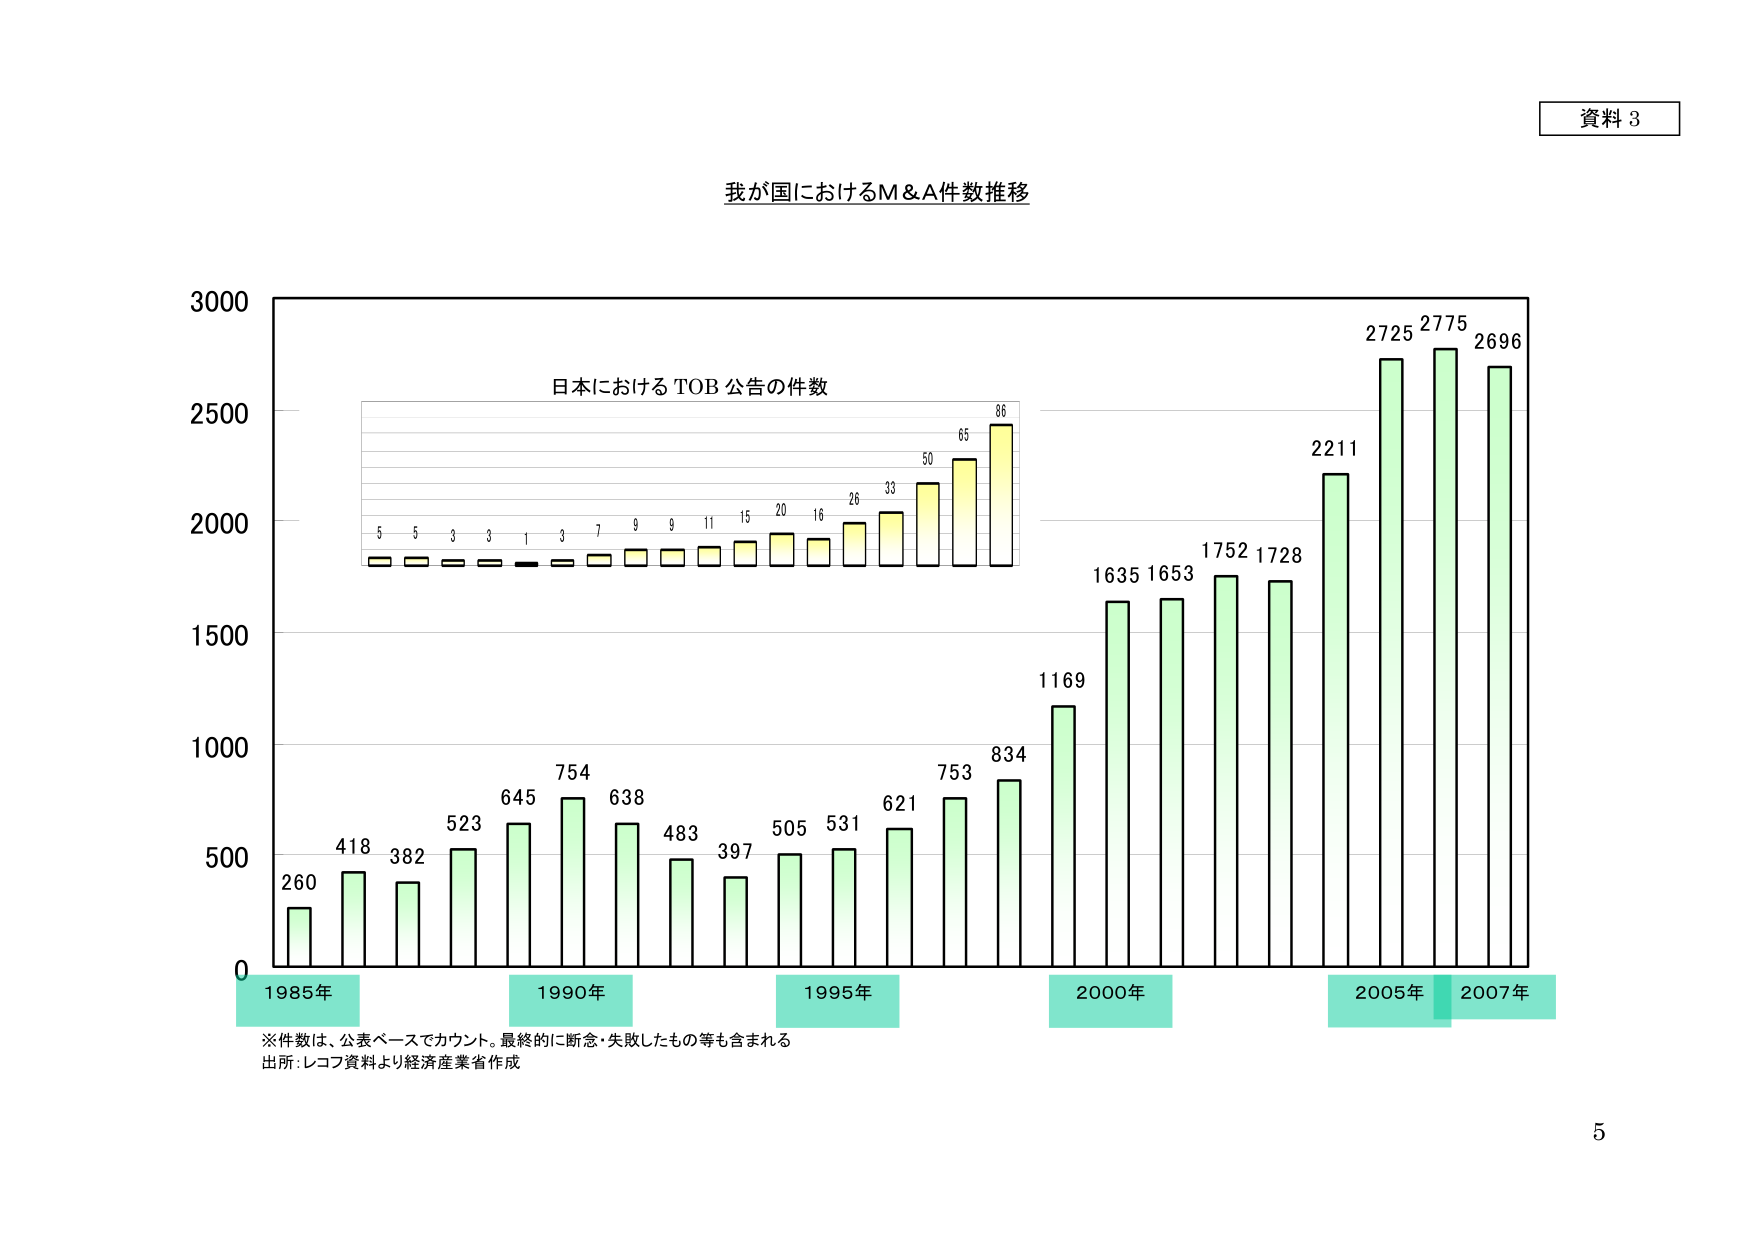
資料 3

我が国におけるM&A件数推移

日本における TOB 公告の件数

5 5 3 3 1 3 7 9 9 11 15 20 16 26 33 50 65 86

3000
2725 2775 2696
2500
2211
2000
1752 1728
1635 1653
1500
1169
1000
834
753
621
531
505
397
483
638
754
645
523
382
418
260
500
0
1985年 1990年 1995年 2000年 2005年 2007年

※件数は、公表ベースでカウント。最終的に断念・失敗したもの等も含まれる
出所：レコフ資料より経済産業省作成

5